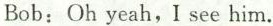
Bob: Oh yeah, I see him.